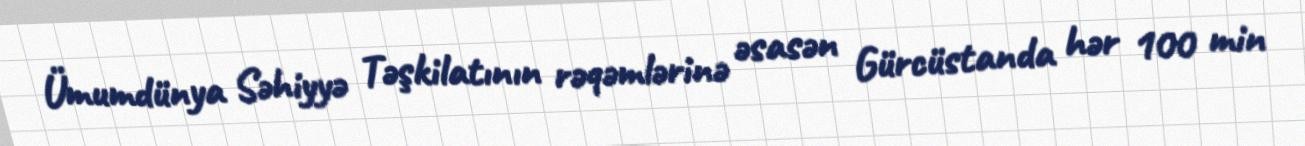
Ümumdünya Səhiyyə Təşkilatının rəqəmlərinə əsasən Gürcüstanda hər 100 min